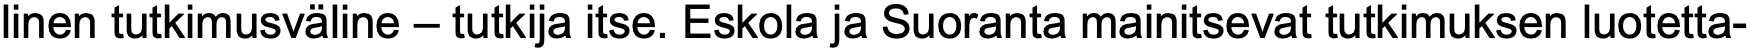
linen tutkimusväline – tutkija itse. Eskola ja Suoranta mainitsevat tutkimuksen luotetta-